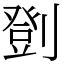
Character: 㔁